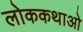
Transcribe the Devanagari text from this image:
लोककथाओ